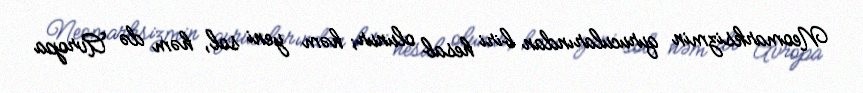
Neomarksizmin qurucularından biri hesab olunur; həm yeni sol, həm də Avropa